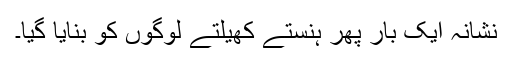
نشانہ ایک بار پھر ہنستے کھیلتے لوگوں کو بنایا گیا۔